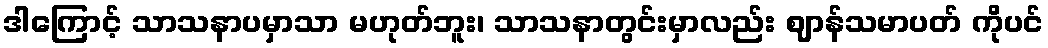
ဒါကြောင့် သာသနာပမှာသာ မဟုတ်ဘူး၊ သာသနာတွင်းမှာလည်း ဈာန်သမာပတ် ကိုပင်